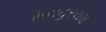
મનહરરામ